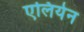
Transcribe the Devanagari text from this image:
एलियेन